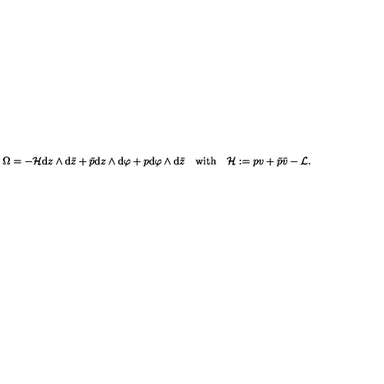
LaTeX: \Omega = - { \cal H } \mathrm { d } z \wedge \mathrm { d } \bar { z } + \bar { p } \mathrm { d } z \wedge \mathrm { d } \varphi + p \mathrm { d } \varphi \wedge \mathrm { d } \bar { z } \quad \mathrm { w i t h } \quad { \cal H } : = p v + \bar { p } \bar { v } - { \cal L } .